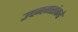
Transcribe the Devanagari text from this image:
उपनगरांकडे